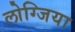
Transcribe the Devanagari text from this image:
लोग्जिया